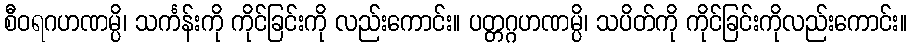
စီဝရဂဟဏမ္ပိ၊ သင်္ကန်းကို ကိုင်ခြင်းကို လည်းကောင်း။ ပတ္တဂ္ဂဟဏမ္ပိ၊ သပိတ်ကို ကိုင်ခြင်းကိုလည်းကောင်း။